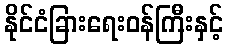
နိုင်ငံခြားရေးဝန်ကြီးနှင့်